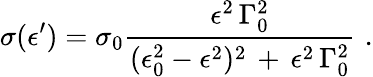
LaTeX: \sigma(\epsilon^{\prime})=\sigma_{0}\frac{\epsilon^{2}\, \Gamma_{0}^{2}}{(\epsilon_{0}^{2}-\epsilon^{2})^{2}\, +\, \epsilon^{2}\, \Gamma_{0}^{2}}\, \, .